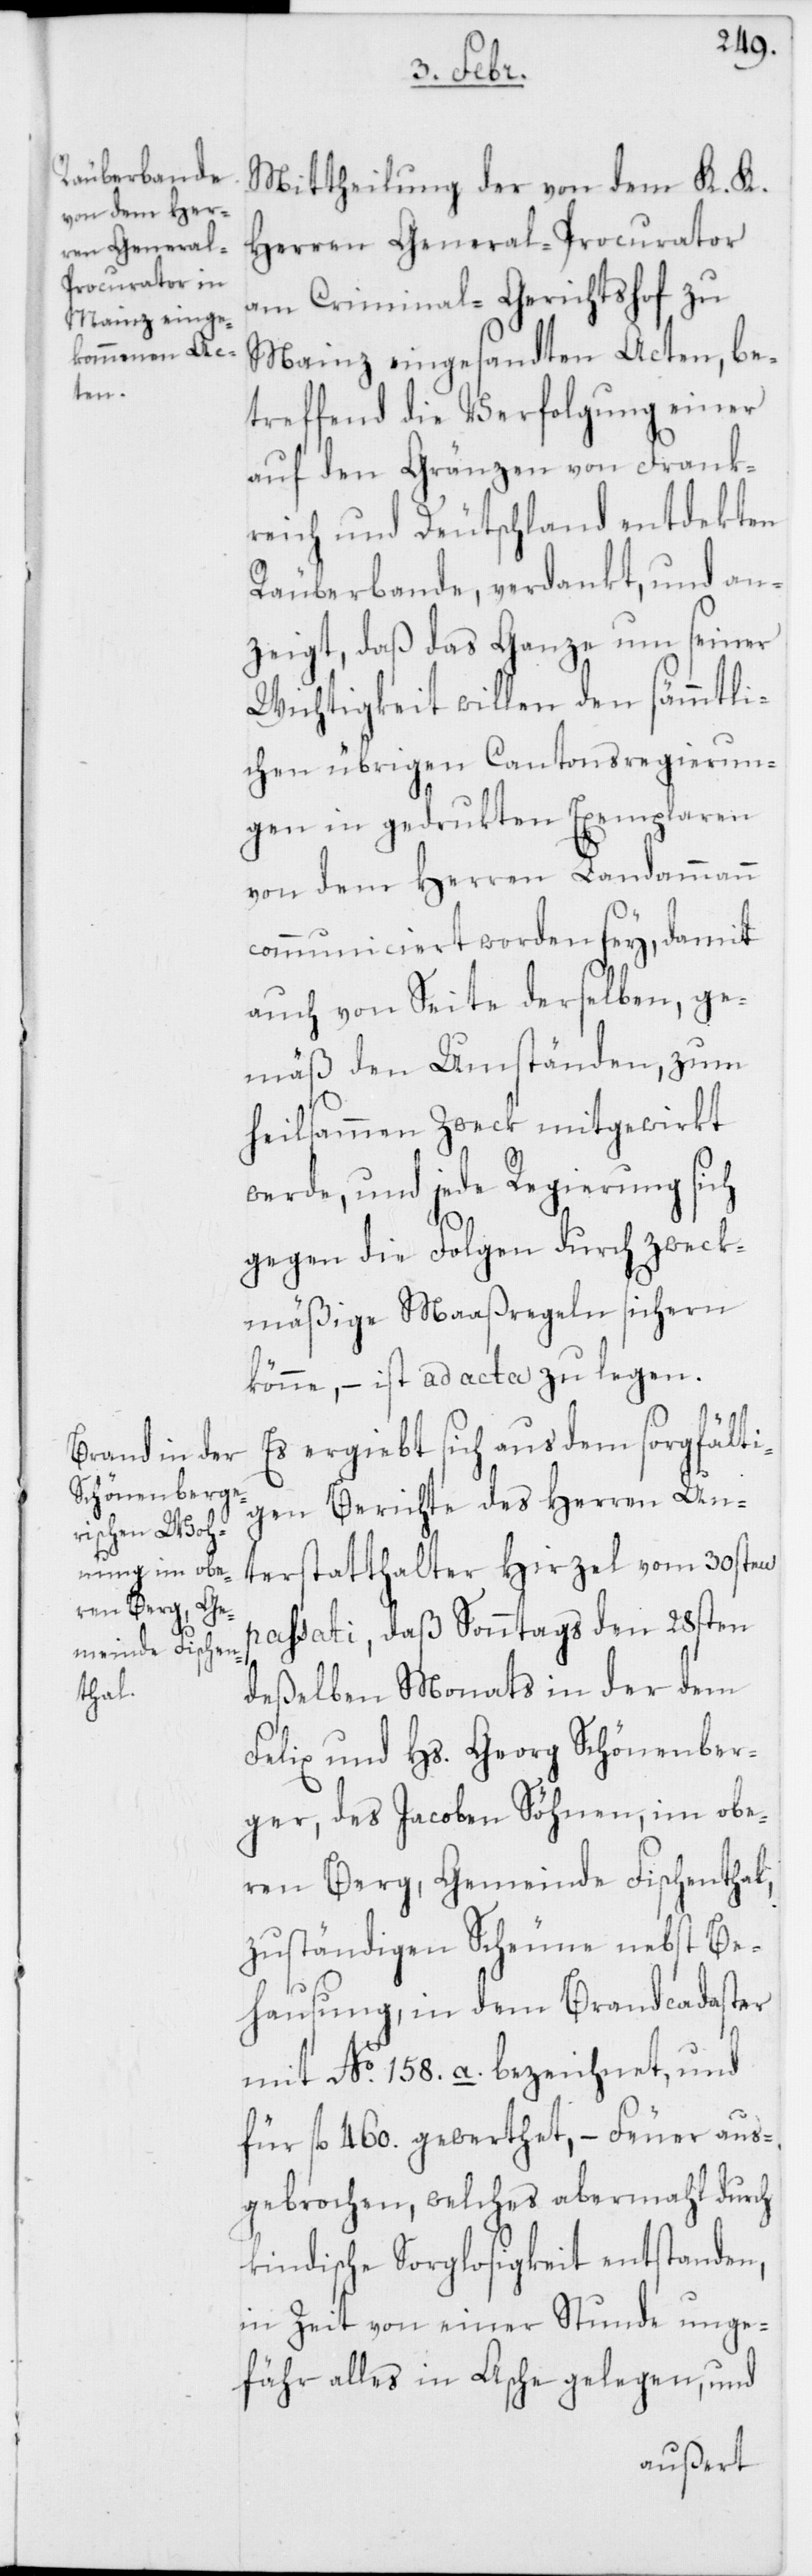
Mittheilung der von dem K. K.
Herren General-Procurator
am Criminal-Gerichtshof zu
Mainz eingesandten Acten, be¬
treffend die Verfolgung einer
auf den Gränzen von Frank¬
reich und Deutschland entdekten
Räuberbande, verdankt, und an¬
zeigt, daß das Ganze um seiner
Wichtigkeit willen den sämmtli¬
chen übrigen Cantonsregierun¬
gen in gedrukten Exemplaren
von dem Herren Landammann
communiciert worden sey, damit
auch von Seite derselben, ge¬
mäß den Umständen, zum
heilsammen Zweck mitgewirkt
werde, und jede Regierung sich
gegen die Folgen durch zweck¬
mäßige Maaßregeln sichern
könne, – ist ad acta zu legen.
Es ergiebt sich aus dem sorgfälti¬
gen Berichte des Herren Un¬
terstatthalter Hirzel vom 30sten
passati, daß Sonntags den 28sten
deßelben Monats in der dem
Felix und Hs. Georg Schönenber¬
ger, des Jacoben Söhnen, im obe¬
ren Berg, Gemeinde Fischenthal,
zuständigen Scheune nebst Be¬
hausung, in dem Brandcadaster
mit No. 158.a. bezeichnet, und
für fl. 460. gewerthet, – Feuer aus¬
gebrochen, welches abermahl durch
kindische Sorglosigkeit entstanden,
in Zeit von einer Stunde unge¬
fähr alles in Asche gelegen, und